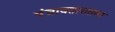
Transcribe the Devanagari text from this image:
पंचावतारातला